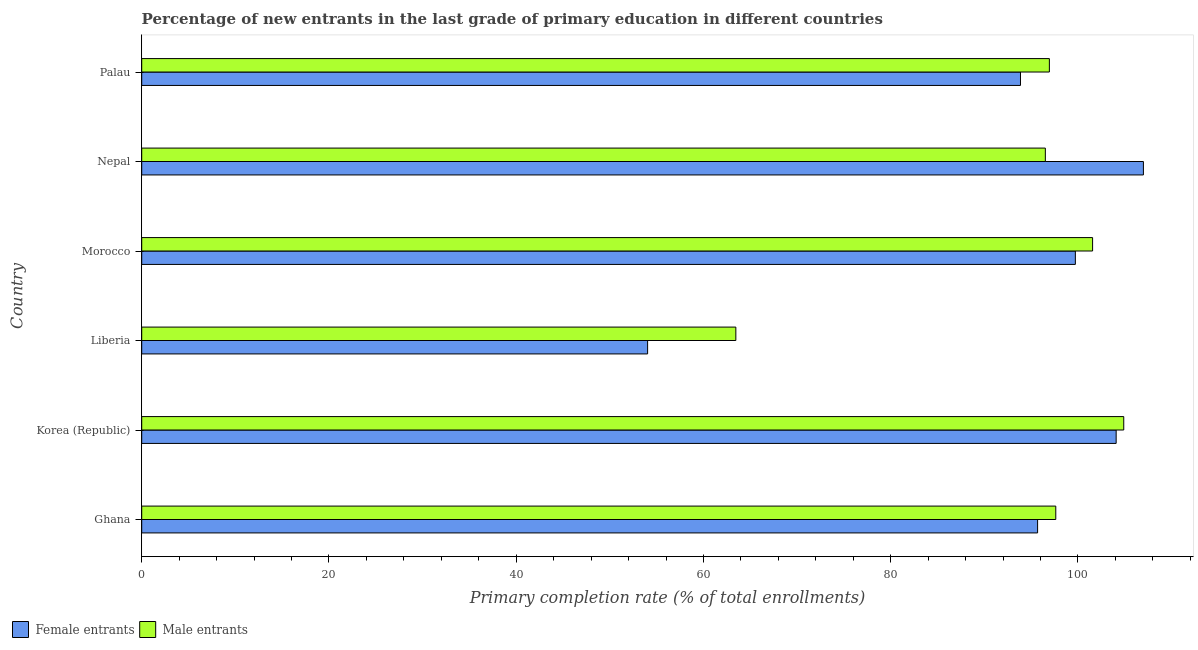
| Country | Female entrants | Male entrants |
 | --- | --- | --- |
 | Ghana | 95.7 | 97.6 |
 | Korea (Republic) | 104 | 105 |
 | Liberia | 54 | 63.5 |
 | Morocco | 99.7 | 102 |
 | Nepal | 107 | 96.5 |
 | Palau | 93.9 | 96.9 |